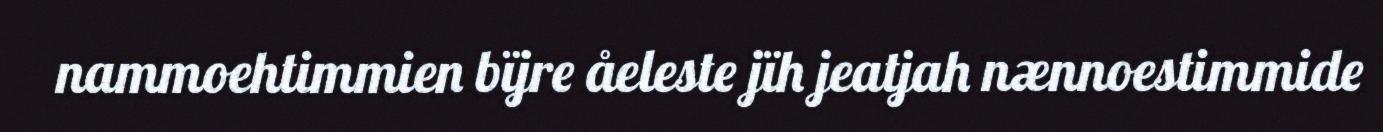
nammoehtimmien bïjre åeleste jïh jeatjah nænnoestimmide